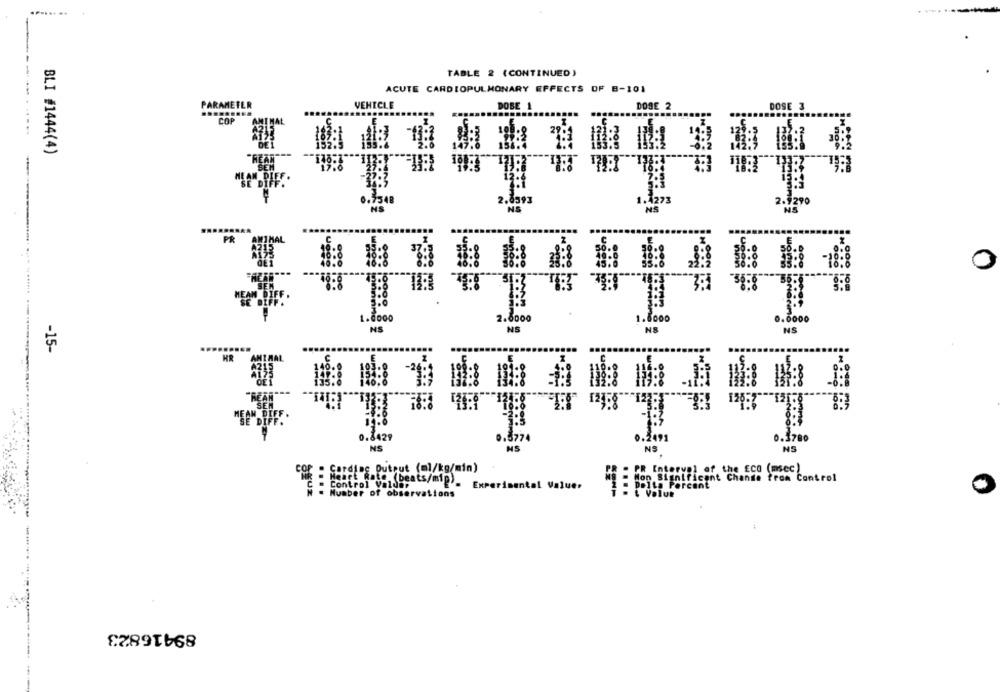
TABLE 2 (CONTINUED)
ACUTE CARDIOPULMONARY EFFECTS OF B-101
-----
VEHICLE
PARAMETER
DOBE 1
DOSE 2
DOSE 3
BLI #1444(4)
0.7500
1. 273
NS
NS
2. 120
0
2.8000
.000
NS
NS
-15-
HR
... in ..
0. 8429
0.1700
NS
MS
NS
: Gardias Output (ml/kg/min)
- Control Vaisbeats/min).
Experimental Valuer
Muaber of observations
89416823